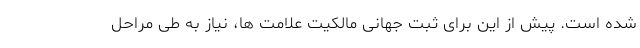
شده است. پیش از این برای ثبت جهانی مالکیت علامت ها، نیاز به طی مراحل